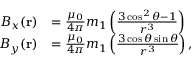
{ \begin{array} { r l } { B _ { x } ( \mathbf { r } ) } & { = { \frac { \mu _ { 0 } } { 4 \pi } } m _ { 1 } \left( { \frac { 3 \cos ^ { 2 } \theta - 1 } { r ^ { 3 } } } \right) } \\ { B _ { y } ( \mathbf { r } ) } & { = { \frac { \mu _ { 0 } } { 4 \pi } } m _ { 1 } \left( { \frac { 3 \cos \theta \sin \theta } { r ^ { 3 } } } \right) , } \end{array} }